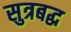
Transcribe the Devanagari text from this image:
सुत्रबद्ध